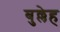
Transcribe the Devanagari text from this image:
बुल्लेह